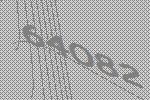
64082